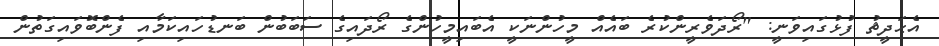
އެޙަދީޡު ފުޅުގައިވަނީ: "ރޯދަވެރީންކުރެ ބައެއް މީހުންނަކީ އެބައިމީހުންގެ ރޯދައިގެ ސަބަބުން ބަނޑުހައިކަމާއި ފެންބޮވައިގަތުން